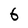
Character: 6